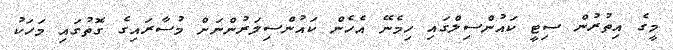
މީގެ އިތުރުން ސިޓީ ކައުންސިލްގައި ހިމެނޭ އެހެން ކައުންސިލަރުންނަށް މުސާރައިގެ ގޮތުގައި މަހަކު